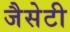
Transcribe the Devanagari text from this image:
जैसेटी